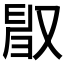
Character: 𠭜